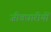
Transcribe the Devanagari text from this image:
जीवधारीयों